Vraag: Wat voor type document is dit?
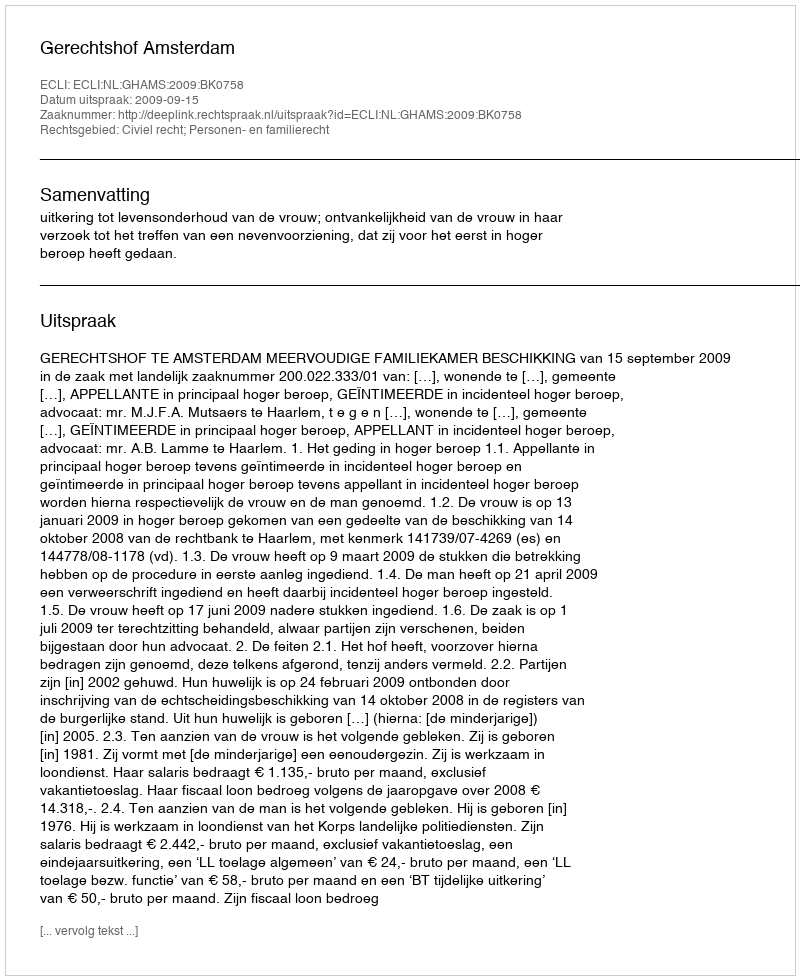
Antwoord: Uitspraak